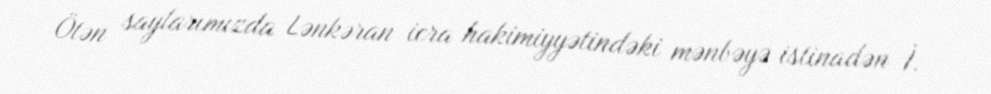
Ötən saylarımızda Lənkəran icra hakimiyyətindəki mənbəyə istinadən İ.